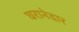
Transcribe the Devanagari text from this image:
घरानेदार